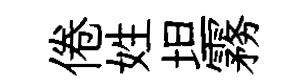
倦姓坦霧